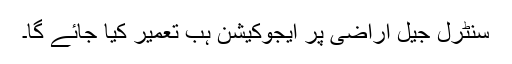
سنٹرل جیل اراضی پر ایجوکیشن ہب تعمیر کیا جائے گا۔